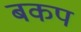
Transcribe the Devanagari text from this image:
बकप